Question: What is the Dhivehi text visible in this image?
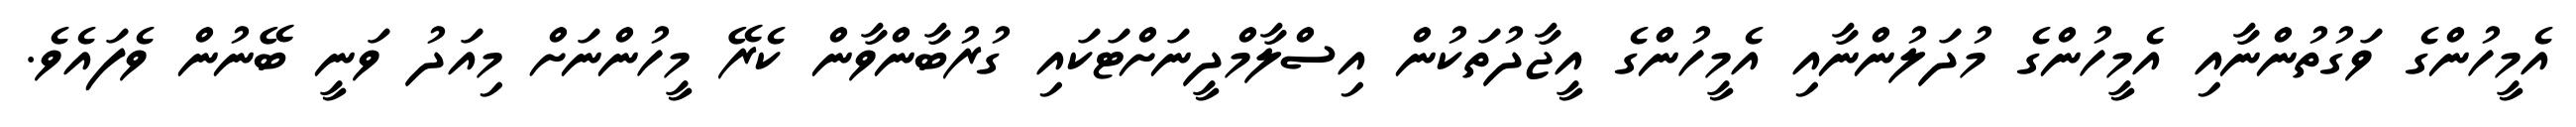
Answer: އެމީހުންގެ ވަގުތުންނާއި އެމީހުންގެ މުދަލުންނާއި އެމީހުންގެ އީޖާދުތަކުން އިސްލާމްދީނަށްޓަކައި ގުރުބާންވާން ކެރޭ މީހުންނަށް މިއަދު ވަނީ ބޭނުން ވެފައެވެ.